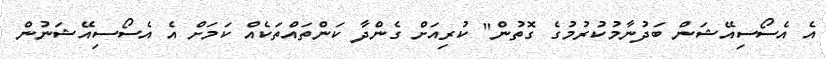
އެ އެސޯސިއޭޝަން ބަދުނާމުކުރުމުގެ ގޮތުން" ކުރިއަށް ގެންދާ ކަންތައްތަކެއް ކަމަށް އެ އެސޯސިއޭޝަނުން